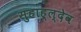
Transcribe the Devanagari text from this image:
सुहाह्ल्देव